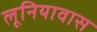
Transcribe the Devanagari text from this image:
लूनियावास